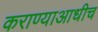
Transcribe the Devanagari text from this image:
कराण्याआधीच